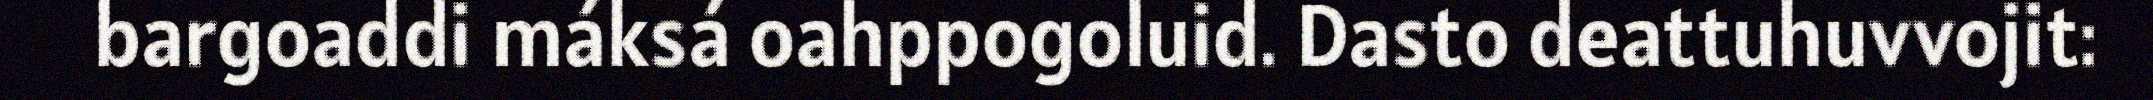
bargoaddi máksá oahppogoluid. Dasto deattuhuvvojit: